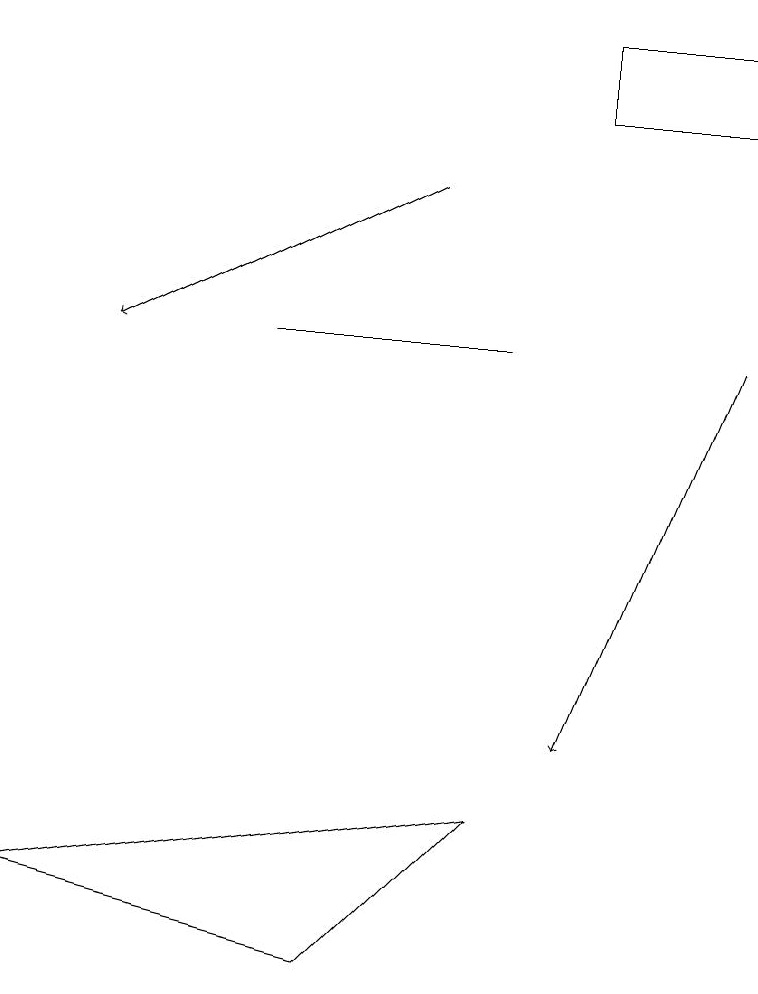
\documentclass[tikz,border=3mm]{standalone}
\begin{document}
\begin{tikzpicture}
\draw[->] (9,15) -- (7,10);
\draw (6,9) -- (4,7) -- (0,8) -- cycle;
\draw[->] (5,17) -- (1,15);
\draw (6,15) rectangle (3,15);
\draw (9,19) rectangle (7,18);
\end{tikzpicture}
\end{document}